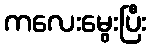
ကလေးမွေးပြီး